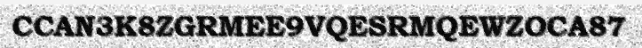
CCAN3K8ZGRMEE9VQESRMQEWZOCA87